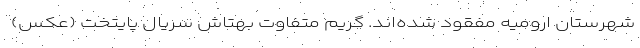
شهرستان ارومیه مفقود شده‌اند. گریم متفاوت بهتاش سریال پایتخت (عکس)